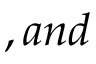
, a n d